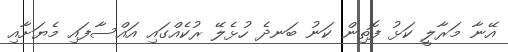
އޭނާ މަރާލީ ކަޅު ފޮތިން ކަނު ބަނދެ ހުޅެލޭ ރުކެއްގައި އައްސާފައި މެޔަށާއި